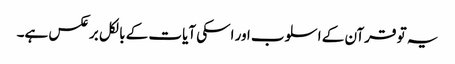
یہ تو قرآن کے اسلوب اور اسکی آیات کے بالکل برعکس ہے۔